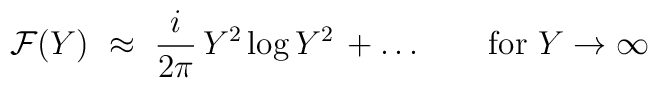
{\cal F}(Y)~\approx~ \frac{i}{2\pi} \, Y^2  \log {Y^2}  \, +\ldots \qquad\mbox{for }Y\to\infty